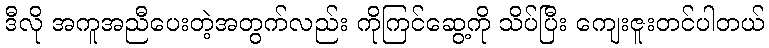
ဒီလို အကူအညီပေးတဲ့အတွက်လည်း ကိုကြင်ဆွေ့ကို သိပ်ပြီး ကျေးဇူးတင်ပါတယ်